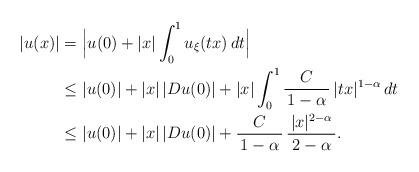
LaTeX: \begin{align*}|u(x)| &= \Big|u(0)+|x|\int_0^1u_\xi(tx)\,dt\Big| \\&\le |u(0)|+|x| \, |D u(0)|+|x|\int_0^1\frac{C}{\, 1-\alpha \,} \, |tx|^{1-\alpha}\,dt \\&\le |u(0)|+|x| \, |D u(0)|+\frac{C}{\, 1-\alpha \,} \, \frac{\, |x|^{2-\alpha} \,}{2-\alpha}.\end{align*}